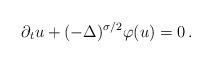
LaTeX: \begin{align*} \partial_tu+(-\Delta)^{\sigma/2}\varphi(u)=0 \,.\end{align*}